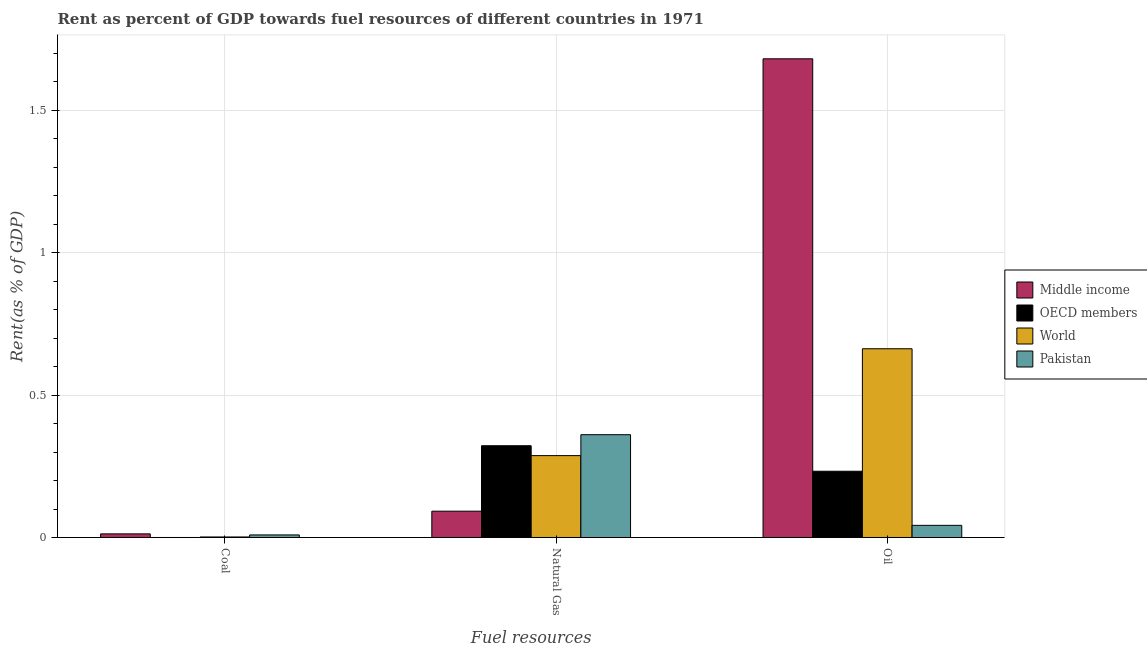
| Fuel resources | Middle income | OECD members | World | Pakistan |
 | --- | --- | --- | --- | --- |
 | Coal | 0.0127 | 1.83e-06 | 0.00183 | 0.00896 |
 | Natural Gas | 0.0923 | 0.322 | 0.287 | 0.361 |
 | Oil | 1.68 | 0.233 | 0.663 | 0.0426 |